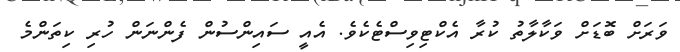
ވަރަށް ބޮޑަށް ވަކާލާތު ކުރާ އެކްޓިވިސްޓެކެވެ. އެއީ ސައިންސުން ފެންނަން ހުރި ކިތަންމެ